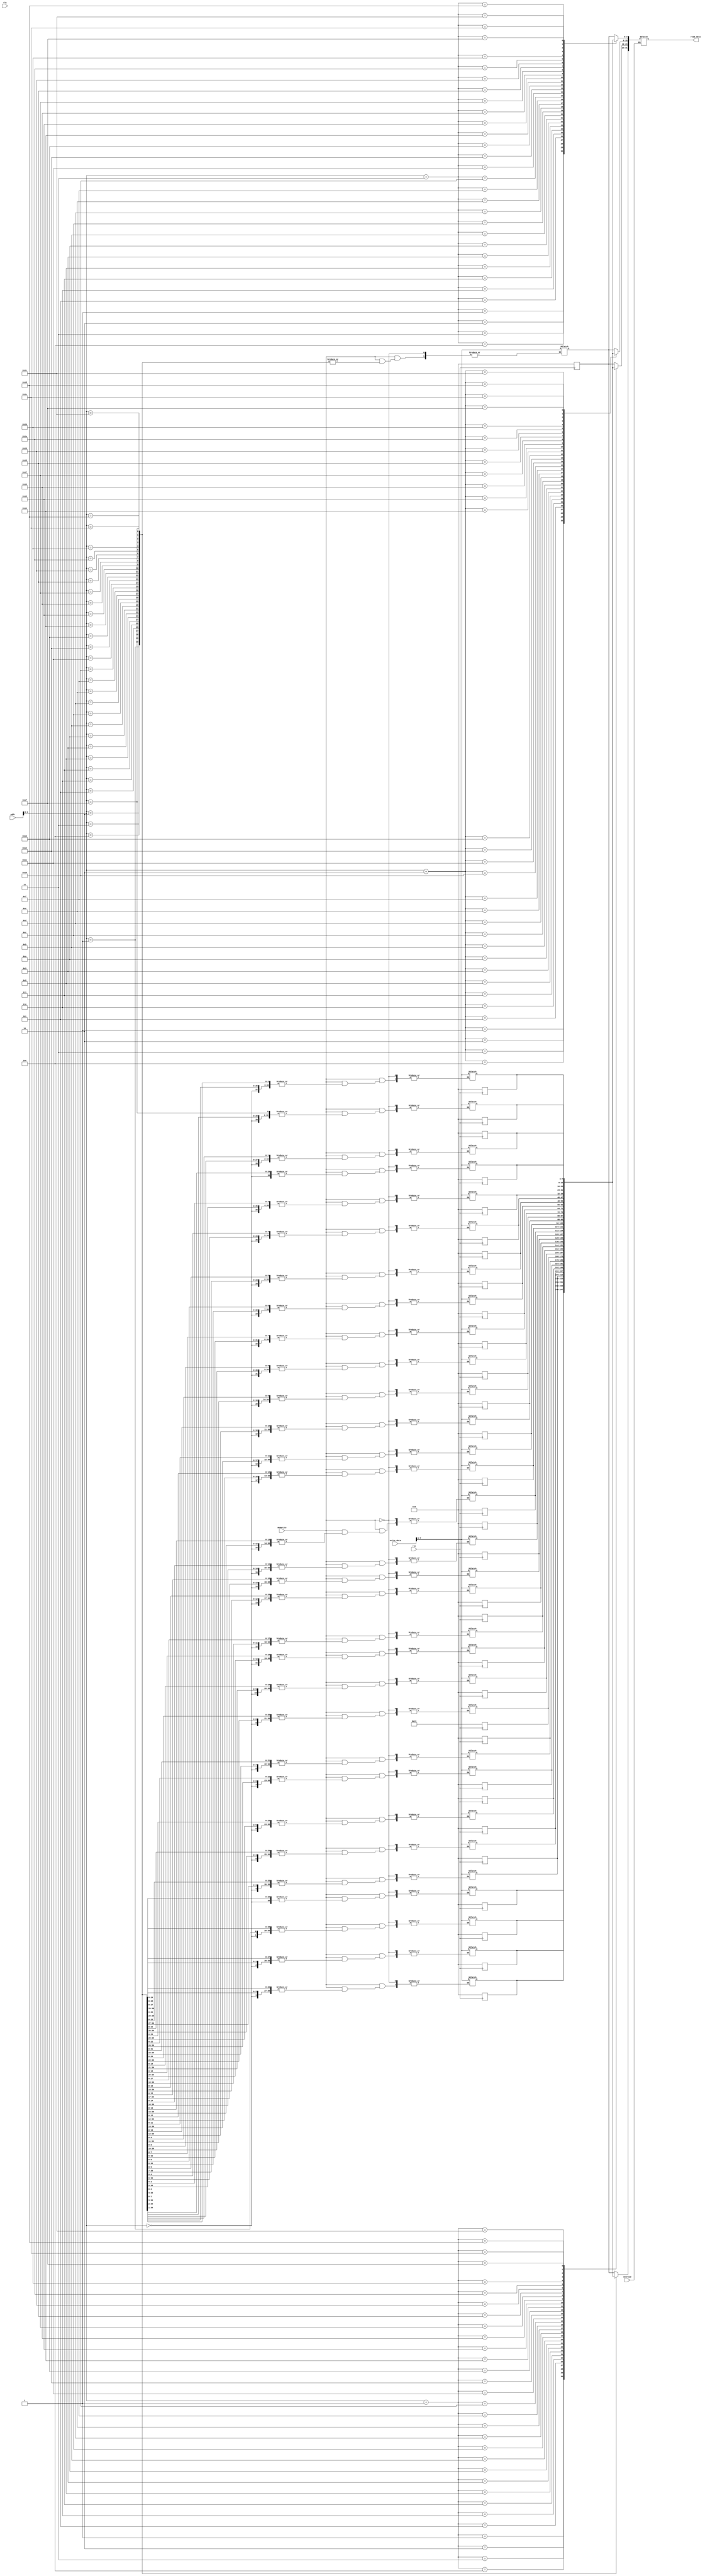
`timescale 1ns / 1ps
//////////////////////////////////////////////////////////////////////////////////
// Company: 
// Engineer: 
// 
// Design Name: 
// Module Name: DMEM
// Project Name: 
// Target Devices: 
// Tool Versions: 
// Description: 
// 
// Dependencies: 
// 
// Revision:
// Revision 0.01 - File Created
// Additional Comments:
// 
//////////////////////////////////////////////////////////////////////////////////


module DMEM(addr,write_data,read_data,memread,memwrite,clk,rst);
input [31:0] addr;
input [31:0] write_data;
output [31:0] read_data;
input memwrite;
input memread;
input clk;
input rst;

reg [7:0] RegMemory [31:0];
reg [31:0]data;

assign read_data=data;

always@(*)
begin 
    if(memread==1)
        data={RegMemory[addr],RegMemory[addr+1],RegMemory[addr+2],RegMemory[addr+3]};     
end


always @ (negedge rst)
begin 
    if(rst==0)
    begin
        RegMemory[0]=8'h00;  RegMemory[1]=8'h00;  RegMemory[2]=8'h00; ; RegMemory[3]=8'h00; 
        RegMemory[4]=8'h00;  RegMemory[5]=8'h00;  RegMemory[6]=8'h00; ; RegMemory[7]=8'h00; 
        RegMemory[8]=8'h00;  RegMemory[9]=8'h00;  RegMemory[10]=8'd25; RegMemory[11]=8'h00; 
        RegMemory[12]=8'h00; RegMemory[13]=8'h00; RegMemory[14]=8'h00; RegMemory[15]=8'h00; 
        RegMemory[16]=8'h00; RegMemory[17]=8'h00; RegMemory[18]=8'h00; RegMemory[19]=8'h00; 
        RegMemory[20]=8'h00; RegMemory[21]=8'h00; RegMemory[22]=8'h00; RegMemory[23]=8'h00;       
        RegMemory[24]=8'h00; RegMemory[25]=8'h00; RegMemory[26]=8'h00; RegMemory[27]=8'h00;        
        RegMemory[28]=8'h00; RegMemory[29]=8'h00; RegMemory[30]=8'h00; RegMemory[31]=8'h00;   
    end
            
end

always @ (*)
begin 
    if(memwrite==1)
        RegMemory[addr] = write_data; 
end     

endmodule